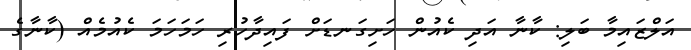
އަލްޒައިމާ ބަލި: ކާނާ އަދި ކެއުން ހަށިގަނޑަށް ފައިދާހުރި ހަމަހަމަ ކެއުމެއް (ކާނާގެ